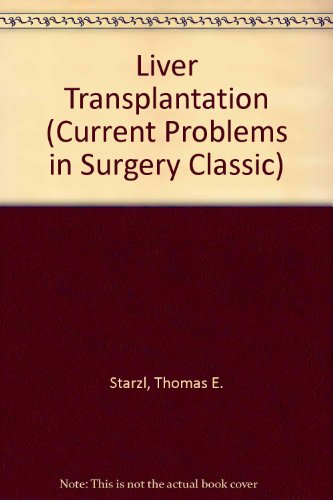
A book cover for Liver Transplantation: A 31-Year Perspective (Current Problems in Surgery Classic); Thomas E. Starzl; Health, Fitness & Dieting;